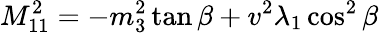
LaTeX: M_{11}^{2}=-m_{3}^{2}\tan\beta+v^{2}\lambda_{1}\cos^{2}\beta